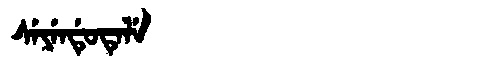
Manchu: ᠰᡝᠶᡝᠨᡩᡠᡨᡝᠯᡝ
Romanization: SEYENDUTELE